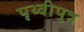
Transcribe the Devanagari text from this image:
पृथ्वीपुत्र